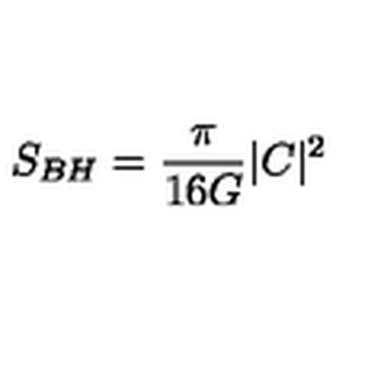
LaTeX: S _ { B H } = { \frac { \pi } { 1 6 G } } | C | ^ { 2 } ~